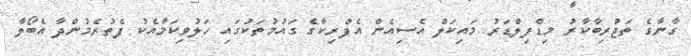
ގާނާގެ ތަޖުރިބާކާރު މިޑްފިލްޑަރު މައިކަލް އެސިއެން އެފްރިކާގެ ގައުމުތަކުގައި ހަލުވިކަމާއެކު ފެތުރެމުންދާ އެބޯލާ